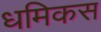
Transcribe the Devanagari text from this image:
धमिकस